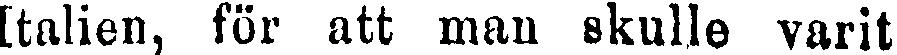
Italien, för att man skulle varit